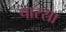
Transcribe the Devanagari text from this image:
पारसा